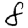
Digit: 8